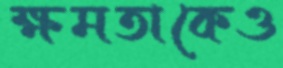
ক্ষমতাকেও